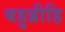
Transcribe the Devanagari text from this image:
बहुब्रीहि